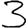
Digit: 3